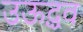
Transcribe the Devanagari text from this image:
उऊद्धव